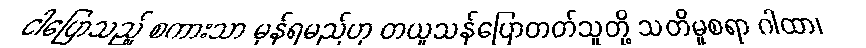
ငါပြောသည့် စကားသာ မှန်ရမည်ဟု တယူသန်ပြောတတ်သူတို့ သတိမူစရာ ဂါထာ၊